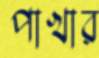
পাখার